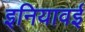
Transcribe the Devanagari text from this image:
इनियावई